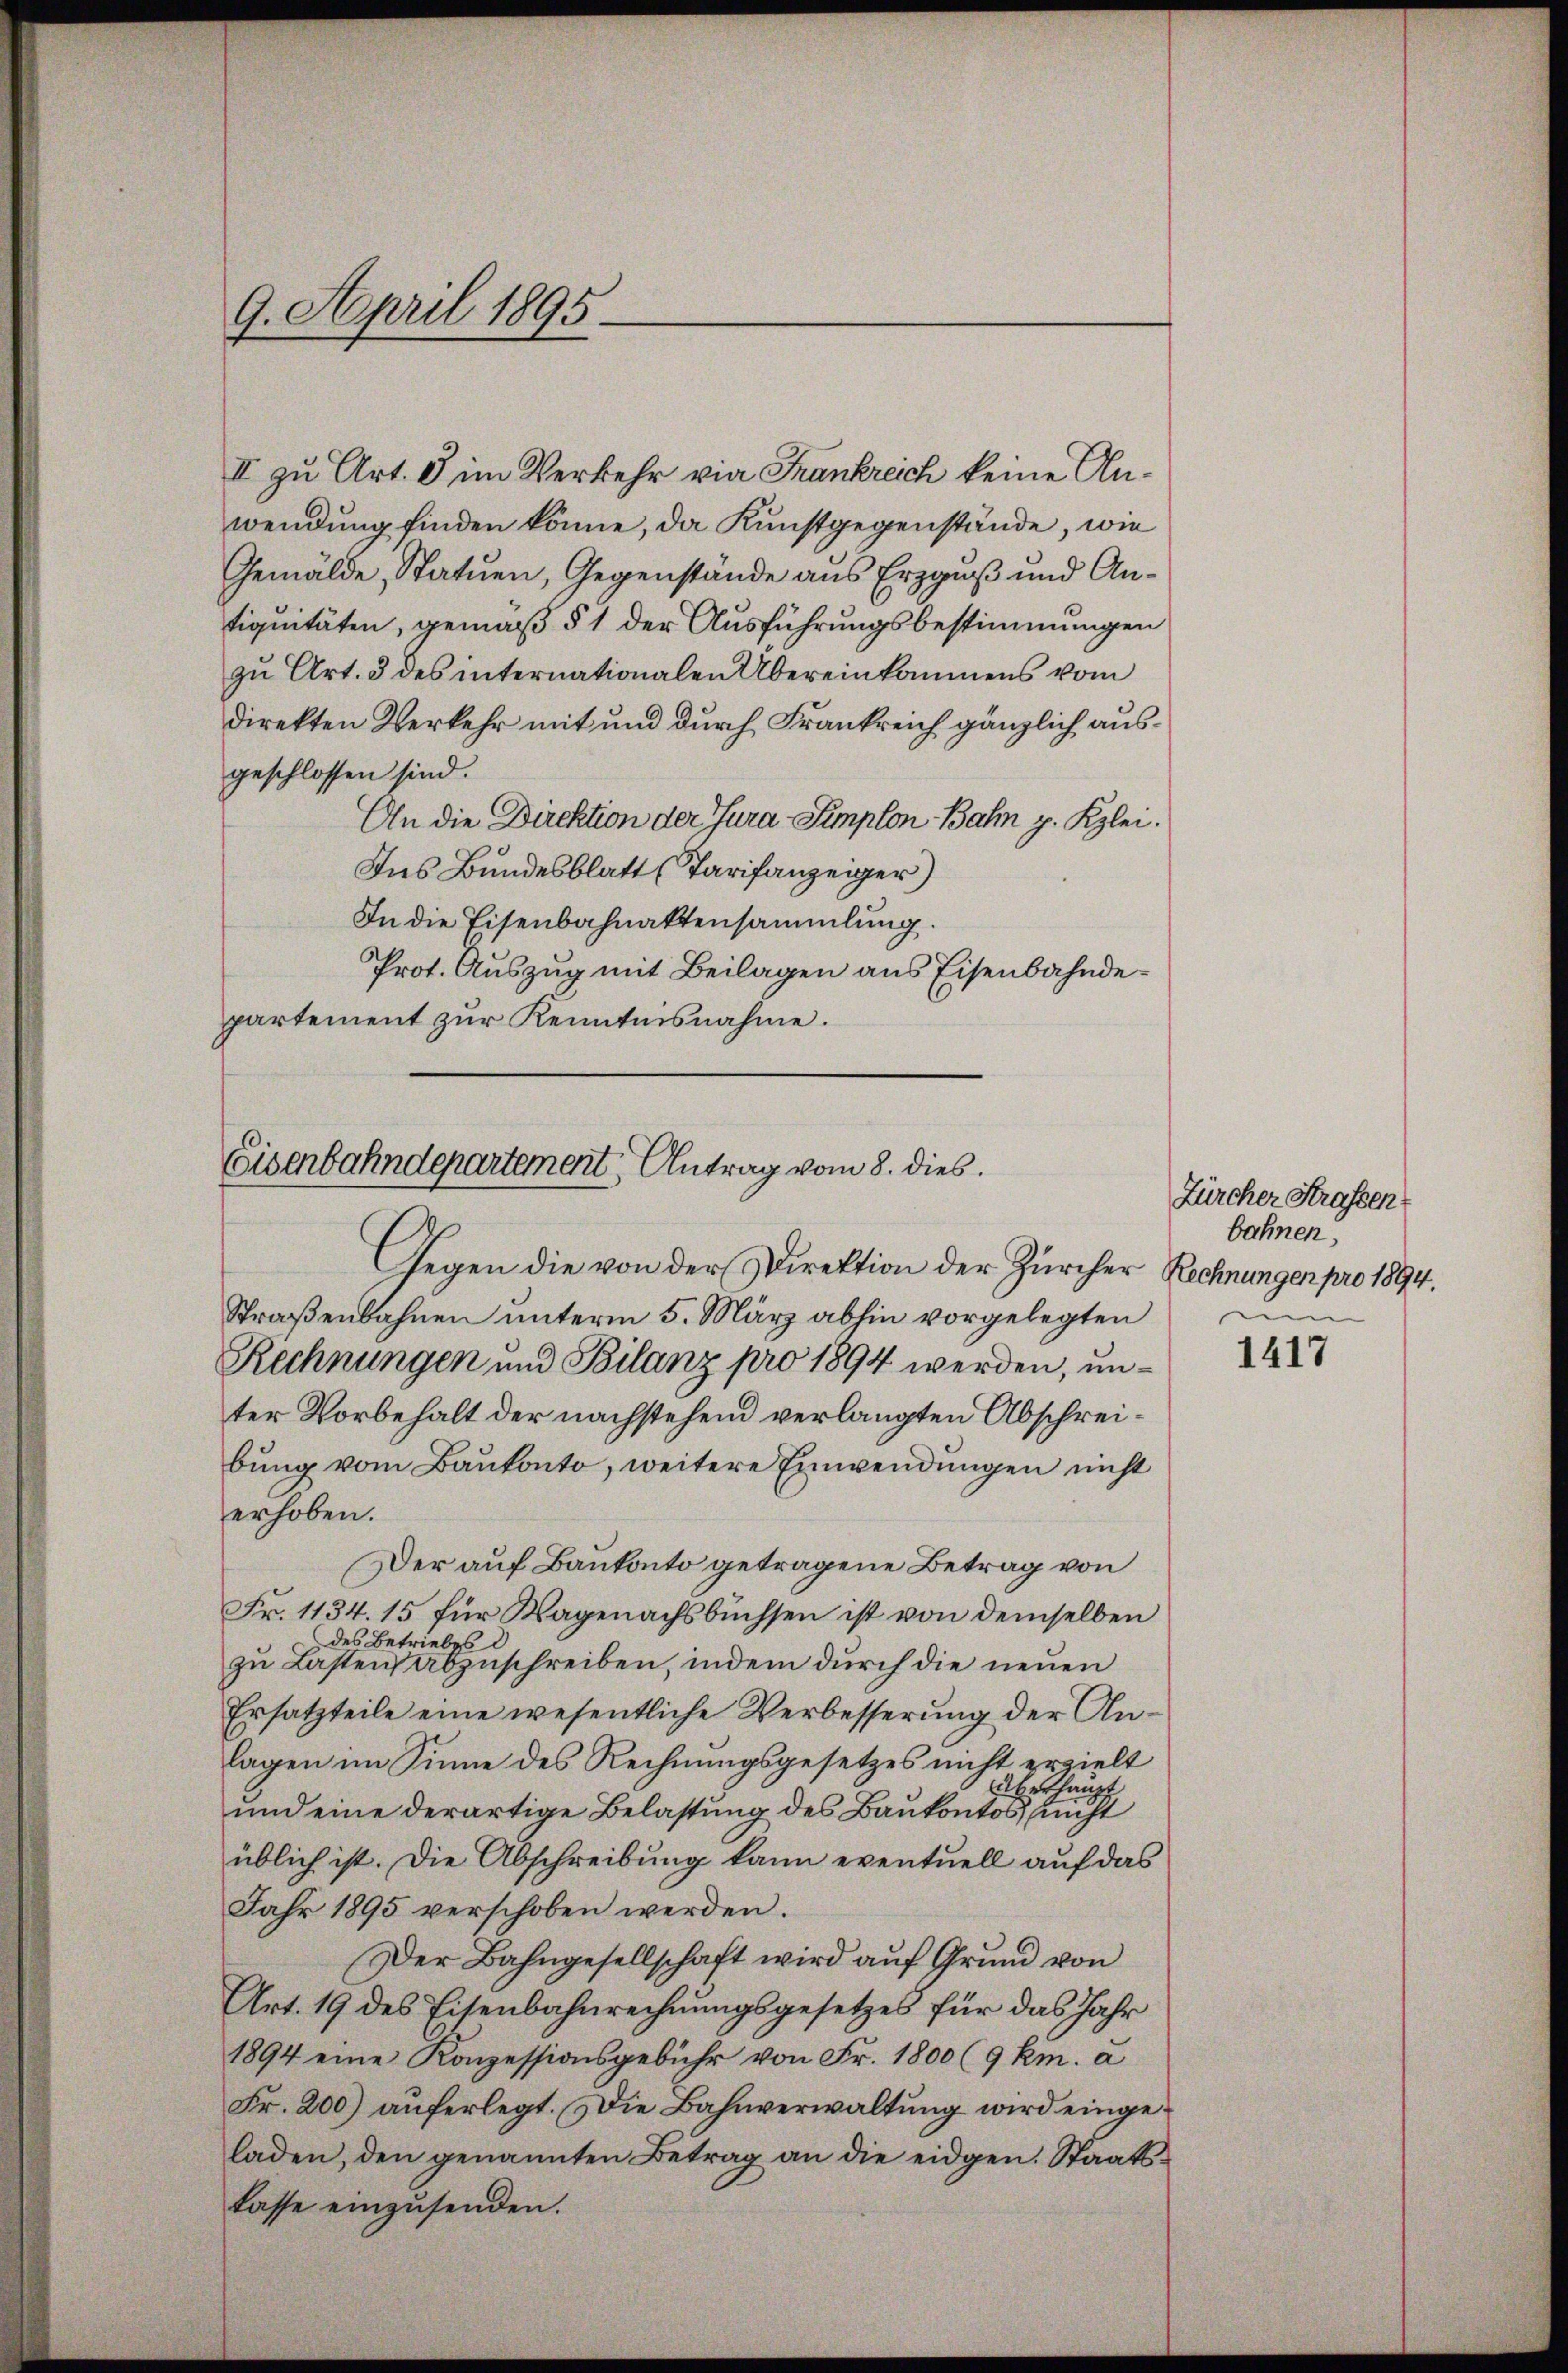
9. April 1895.

II zu Art. 8 im Verkehr vie Frankreich keine Anwendung finden könne, da Kunstgegenstände, wie
Gemälde, Statuen, Gegenstände aus Erzgaß und Antiquitäten, gemäß § 1 der Ausführungsbestimmungen
zu Art. 3 des internationalen Übereinkommens vom
direkten Verkehr mit und durch Frankreich gänzlich ausgeschlossen sind.
An die Direktion der Jura Simplon Bahn p. Kzlei.
Ins Bundesblatt (Tarifanzeiger)
In die Eisenbahnaktensammlung.
Prot. Auszug mit Beilagen aus Eisenbahndepartement zur Kenntnisnahme.

Eisenbahndepartement Antrag vom 8. dies
Gegen die von der Direktion der Zürcher Rechnungen pro 1894.

Straßenbahnen unterm 5. März abhin vorgelegten
Rechnungen und Bilanz pro 1894 werden, unter Vorbehalt der nachstehend verlangten Abschreibung vom Baukonto, weitere Einwendungen nicht
erhoben.
Der auf Bankonto getragene Betrag von
Fr. 1134. 15 für Wagenachsbüchsen ist von demselben
des Betriebes d
zu Lasten abzuschreiben, indem durch die neuen
Ersatzteile eine wesentliche Verbesserung der Anlagen im Sinne des Rechnungsgesetzes nicht erzielt
überhaupt
und eine derartige Belastung des Baukontos, nicht
üblich ist. Die Abschreibung kann eventuell auf das
Jahr 1895 verschoben werden.
Der Bahngesellschaft wird auf Grund von
Art. 19 des Eisenbahnrechnungsgesetzes für das Jahr
1894 eine Konzessionsgebühr von Fr. 1800 (9 km. a
Fr. 200) auferlegt. Die Bahnverwaltung wird eingeladen, den genannten Betrag an die eidgen. Staatslasse einzusenden.

Zürcher Strafsen
bahnen,

1417